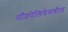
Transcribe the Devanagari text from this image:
माँतपेलियेमधील